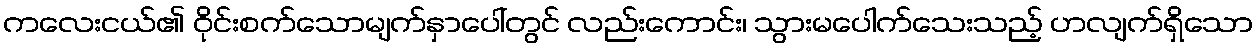
ကလေးငယ်၏ ဝိုင်းစက်သောမျက်နှာပေါ်တွင် လည်းကောင်း၊ သွားမပေါက်သေးသည့် ဟလျက်ရှိသော